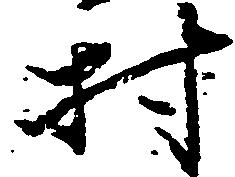
村